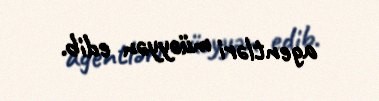
agentləri müəyyən edib.